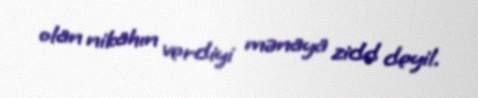
olan nikahın verdiyi mənaya zidd deyil.